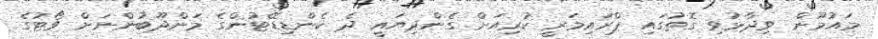
މައުމޫން ވިދާޅުވި ގޮތުގައި ޕްރައިމަރީ ކުރިއަށް ގެންދިޔައީ ދެ ކެންޑިޑޭޓުންގެ މަންދޫބުންނަށް ވޯޓުގެ